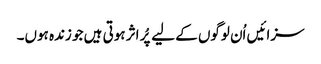
سزائیں اُن لوگوں کے لیے پُر اثر ہوتی ہیں جو زندہ ہوں۔